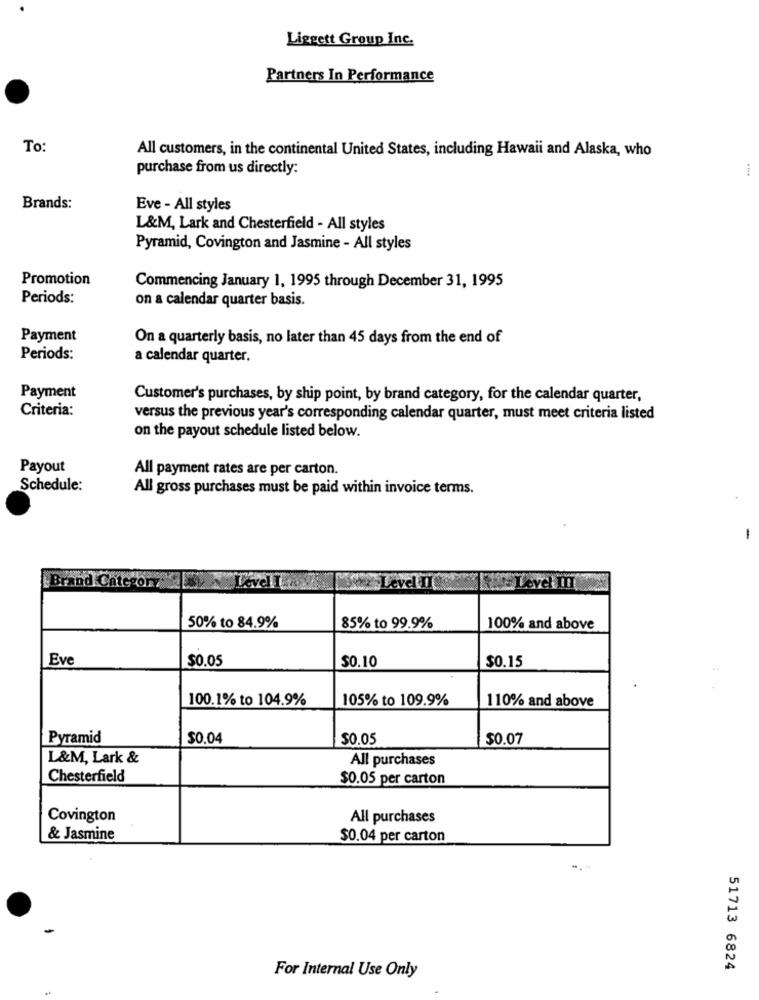
Liggett Group Inc.
Partners In Performance
To:
All customers, in the continental United States, including Hawaii and Alaska, who
purchase from us directly:
Brands:
Eve - All styles
L&M, Lark and Chesterfield - All styles
Pyramid, Covington and Jasmine - All styles
Promotion
Commencing January 1, 1995 through December 31, 1995
Periods:
on a calendar quarter basis.
Payment
On a quarterly basis, no later than 45 days from the end of
Periods:
a calendar quarter.
Payment
Customer's purchases, by ship point, by brand category, for the calendar quarter,
Criteria:
versus the previous year's corresponding calendar quarter, must meet criteria listed
on the payout schedule listed below.
Payout
All payment rates are per carton.
Schedule:
All gross purchases must be paid within invoice terms.
-
Brand Category
Level I
evel
evel In
50% to 84.9%
85% to 99.9%
100% and above
Eve
$0.05
$0.10
$0.15
100.1% to 104.9%
105% to 109.9%
110% and above
Pyramid
$0.04
$0.05
$0.07
L&M, Lark &
All purchases
Chesterfield
$0.05 per carton
Covington
All purchases
& Jasmine
$0.04 per carton
51713 6824
For Internal Use Only